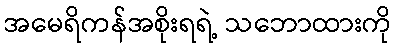
အမေရိကန်အစိုးရရဲ့ သဘောထားကို